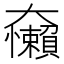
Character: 𱙀